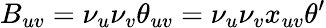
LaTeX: B_{uv}=\nu_{u}\nu_{v}\theta_{uv}=\nu_{u}\nu_{v}x_{uv}\theta^{\prime}